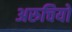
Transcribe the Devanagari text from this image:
अरुचियों